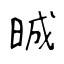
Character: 晠